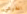
الفرعي